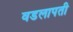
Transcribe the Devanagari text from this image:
वडलापती